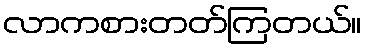
လာကစားတတ်ကြတယ်။